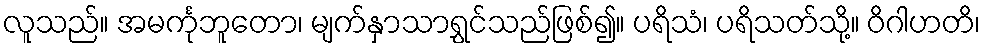
လူသည်။ အမင်္ကုဘူတော၊ မျက်နှာသာရွှင်သည်ဖြစ်၍။ ပရိသံ၊ ပရိသတ်သို့။ ဝိဂါဟတိ၊